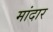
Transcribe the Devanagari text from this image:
मांदार